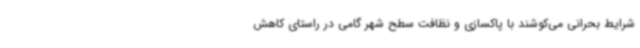
شرایط بحرانی می‌کوشند با پاکسازی و نظافت سطح شهر گامی در راستای کاهش